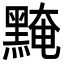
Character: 黤